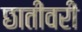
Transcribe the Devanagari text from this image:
छातीवरी